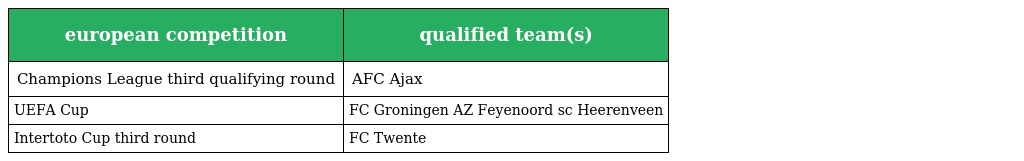
| european competition | qualified team(s) |
 | --- | --- |
 | Champions League third qualifying round | AFC Ajax |
 | UEFA Cup | FC Groningen AZ Feyenoord sc Heerenveen |
 | Intertoto Cup third round | FC Twente |